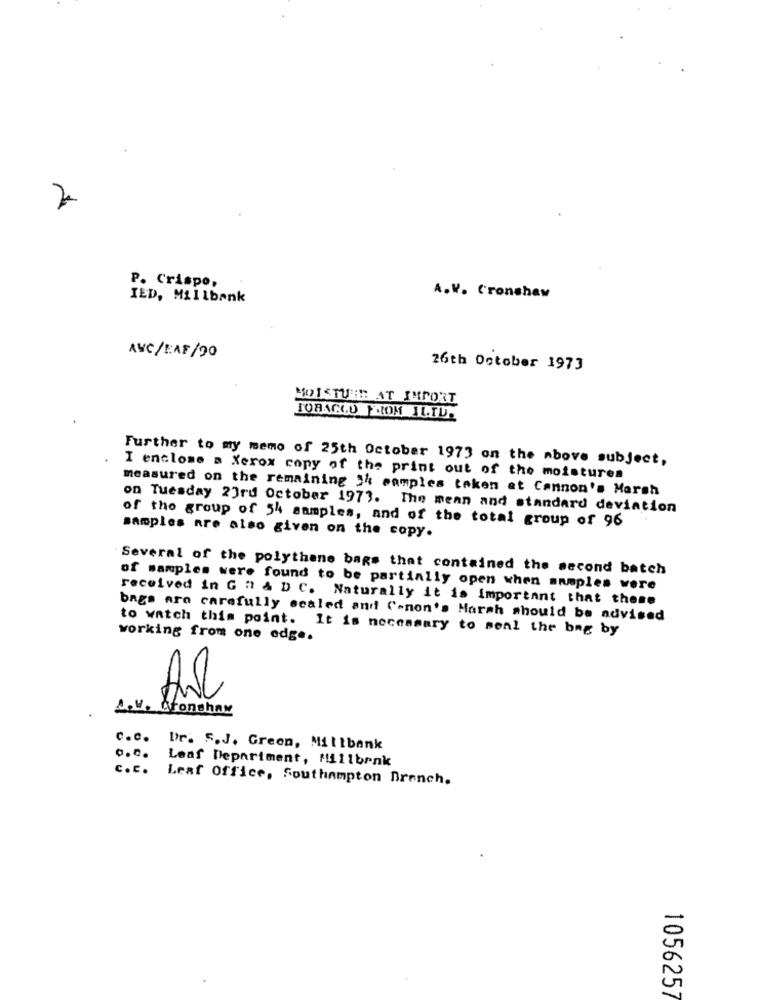
P. Crispo,
IED, Millbank
A.V. Cronshaw
AVC/EAF/20
26th October 1973
MOISTURE AT IMPORT
JORNGLU FROM ILIU.
Further to my memo of 25th October 1973 on the above subject,
I enclose a Xerox copy of the print out of the moistures
measured on the remaining 24 camples taken at Cannon's Marsh
on Tuesday 23rd October 1973. The mean and standard deviation
of the group of 54 samples, and of the total group of 96
samples are also given on the copy.
Several of the polythene bags that contained the second batch
of samples were found to be partially open when samples were
received in G " & D C. Naturally it is Important that those
bags are carefully scaled and Canon's Marsh should be advised
to watch this point. It is necessary to senl the bag by
working from one edge.
AV. Cronshaw
C.c. Dr. S.J. Green, Millbank
Leaf Department, Millbrnk
C.c.
Leaf Office, Southampton Branch.
1056257